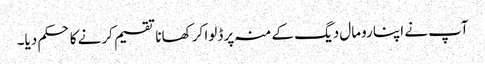
آپ نے اپنا رومال دیگ کے منہ پر ڈلوا کر کھانا تقسیم کرنے کا حکم دیا۔